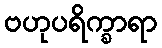
ဗဟုပရိက္ခာရာ